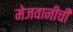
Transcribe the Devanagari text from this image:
मेजवानीची